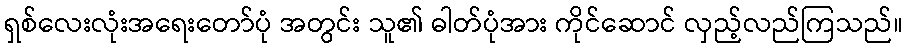
ရှစ်လေးလုံးအရေးတော်ပုံ အတွင်း သူ၏ ဓါတ်ပုံအား ကိုင်ဆောင် လှည့်လည်ကြသည်။